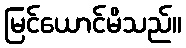
မြင်ယောင်မိသည်။